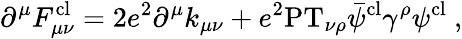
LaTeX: \partial^{\mu}F_{\mu\nu}^{\mathrm{cl}}=2e^{2}\partial^{\mu}k_{\mu\nu}+e^{2}\mathrm{PT}_{\nu\rho}\bar{\psi}^{\mathrm{cl}}\gamma^{\rho}\psi^{\mathrm{cl}}\ ,